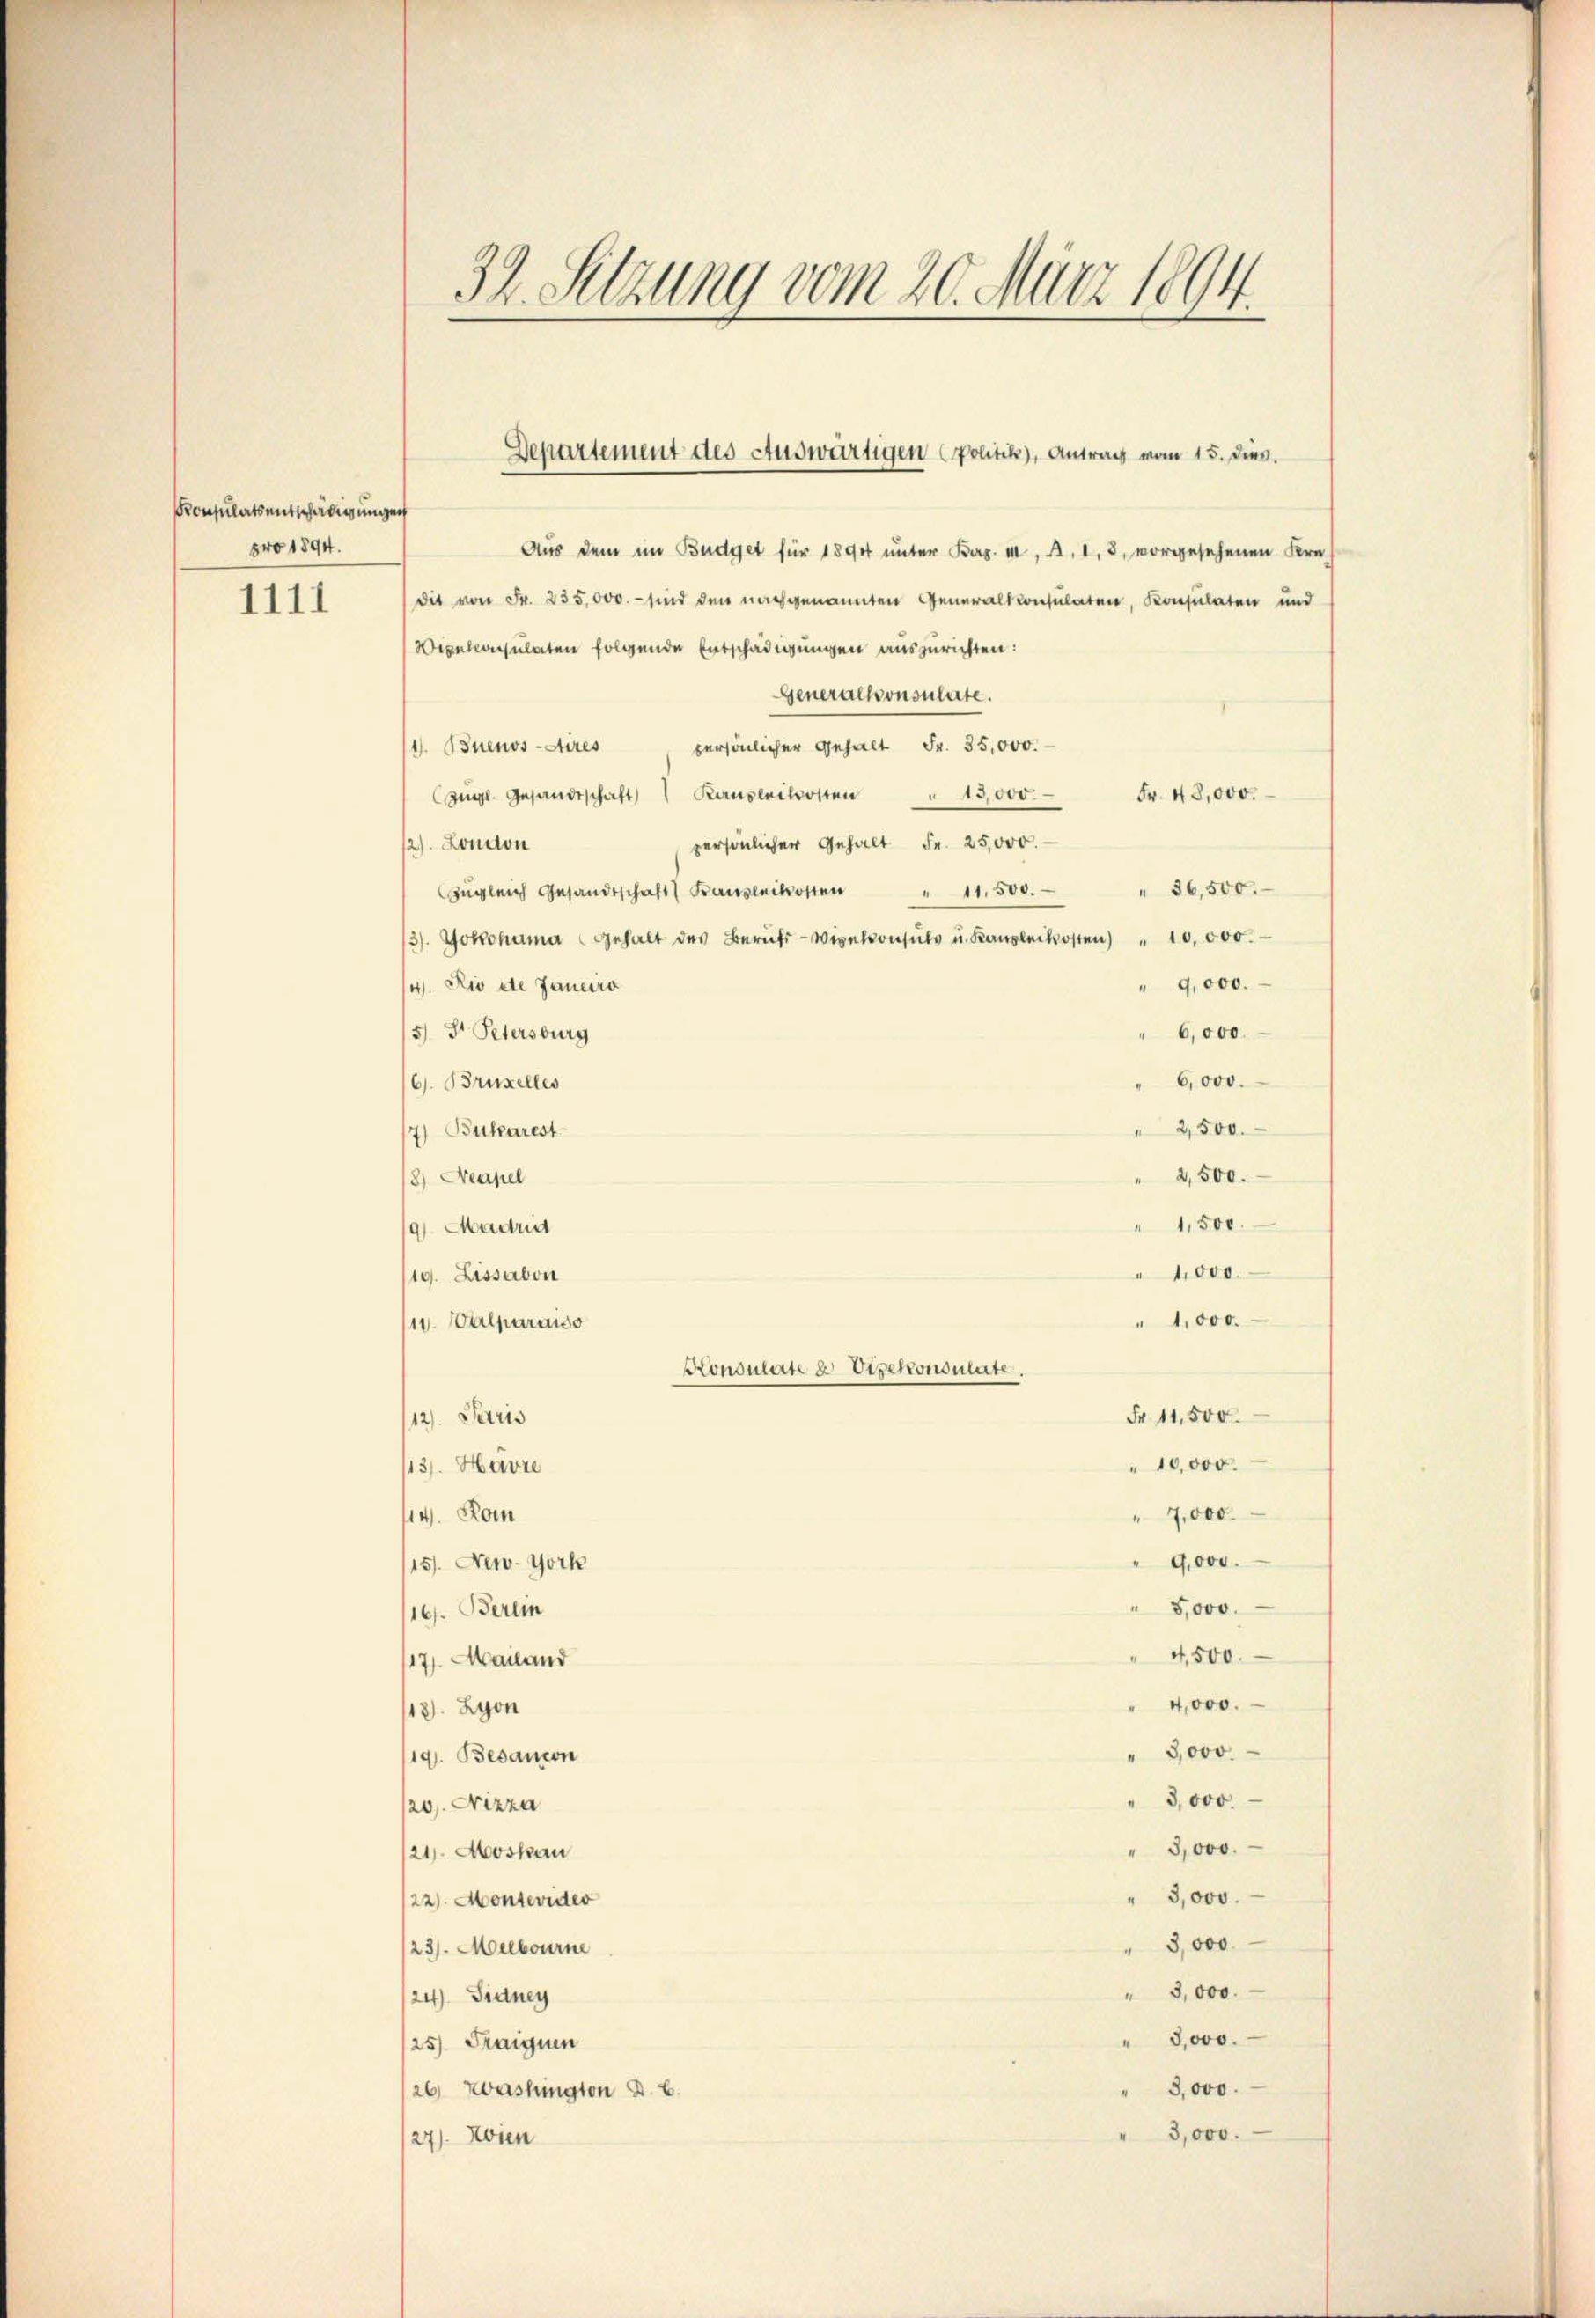
Konsulats entschädigungen
pro 1894.
1111

32. Sitzung vom 20. März 1894.

Aus dem im Büdget für 1890 unter Kap. II, A. 1, 3, vorgesehenen Fern
dit von Fr. 255,000. - sind den nachgenannten Generalkonsulaten, Konsulaten und
Wipekonsulaten folgende Entschädigungen auszurichten:
Generalkonsulate.
persönlicher Gehalt Fr. 35,000.
1). Buenos-Aires
zügl. Gesandtschaft 1 Ransenikosten " 15,000.
Fr. 48,000.
persönlicher Gehalt Fr. 25,000.
121. London
ugleich Gesandtschaft Baukosten " 11500. " 36,500.
3). Jokohama gehalt des Berufs- Wielkonsuls u. Kanzlerkosten " 10,000.
4. Rio etc Janeiro
" 9,000.
" 6,000.
5) Dr. Petersburg
" 6,000.
6. Bruxelles
2,500.
7) Bukarest
" 2,500.
8) Neapel
 1,500.
9) Madrid
"1,000.
19. Lissabon
" 1,000.
11. Walparaiso
Konsulate u Vizekonomete.
Fr. 11,500.
12. Paris
/13. Havre
" 10,000.
7,000.
114. Kom
9,000.
15. New-York
" 5,000.
/16. Berein
4,500.
17. Mailand
" 4,000.
18). Lyon
" 3000.
119. Besanon
" 3,000.
/20. Nizza
" 3,000.
21. Moskau
" 3,000.
22. Montevider
" 3,000
/23. Melbourne
" 3,000.
124) Sidney
" 3000.
25) Fraiguen
" 3,000.
26 Washington d. 6.
" 3,000.
27). Dien

Departement des Auswärtigen (Politik), Antrag vom 15. Dies.